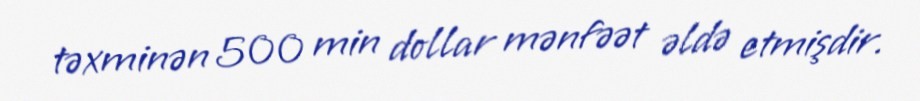
təxminən 500 min dollar mənfəət əldə etmişdir.